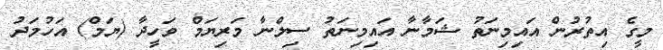
މީގެ އިތުރުން އައިމިނަތު ޝަމާނާ އައިމިނަތު ސިލްނާ މަރިޔަމް ވަހީދާ (ޔަމް) އަހުމަދު